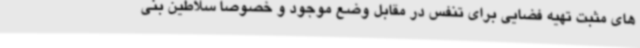
های مثبت تهیه فضایی برای تنفس در مقابل وضع موجود و خصوصا سلاطین بنی